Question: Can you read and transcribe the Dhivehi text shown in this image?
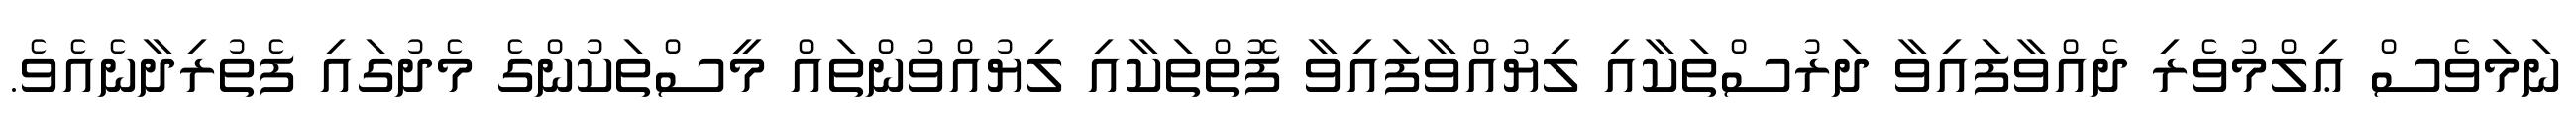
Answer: ނަމަވެސް ޢިލްމުވެރި ދެއްވާފައިވާ ދަރުސްތަކާއި ލިޔުއްވާފައިވާ ފޮތްތަކާއި ލިޔުއްވުންތައް މީސްތަކުންގެ މެދުގައި ފެތުރިދާނެއެވެ.